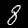
Label: 8